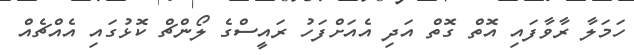
ހަމަލާ ރާވާފައި އޮތް ގޮތް އަދި އެއަށްފަހު ރައީސްގެ ލޯންޗް ކޮޅުގައި އެއްޗެއް